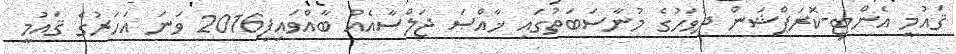
ޤައުމީ އެންޓި-ކޮރަޕްޝަން ދުވަހުގެ މުނާސަބަތުގައި ޚާއްޞަ ޖަލްސާއެއް ބާއްވައިފި2016 ވަނަ އަހަރުގެ ޤައުމީ